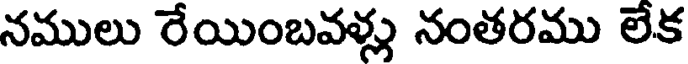
నములు రేయింబవళ్లు నంతరము లేక